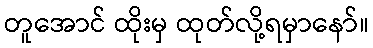
တူအောင် ထိုးမှ ထုတ်လို့ရမှာနော်။